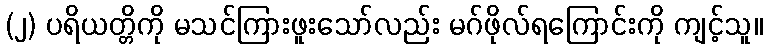
(၂) ပရိယတ္တိကို မသင်ကြားဖူးသော်လည်း မဂ်ဖိုလ်ရကြောင်းကို ကျင့်သူ။